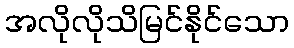
အလိုလိုသိမြင်နိုင်သော